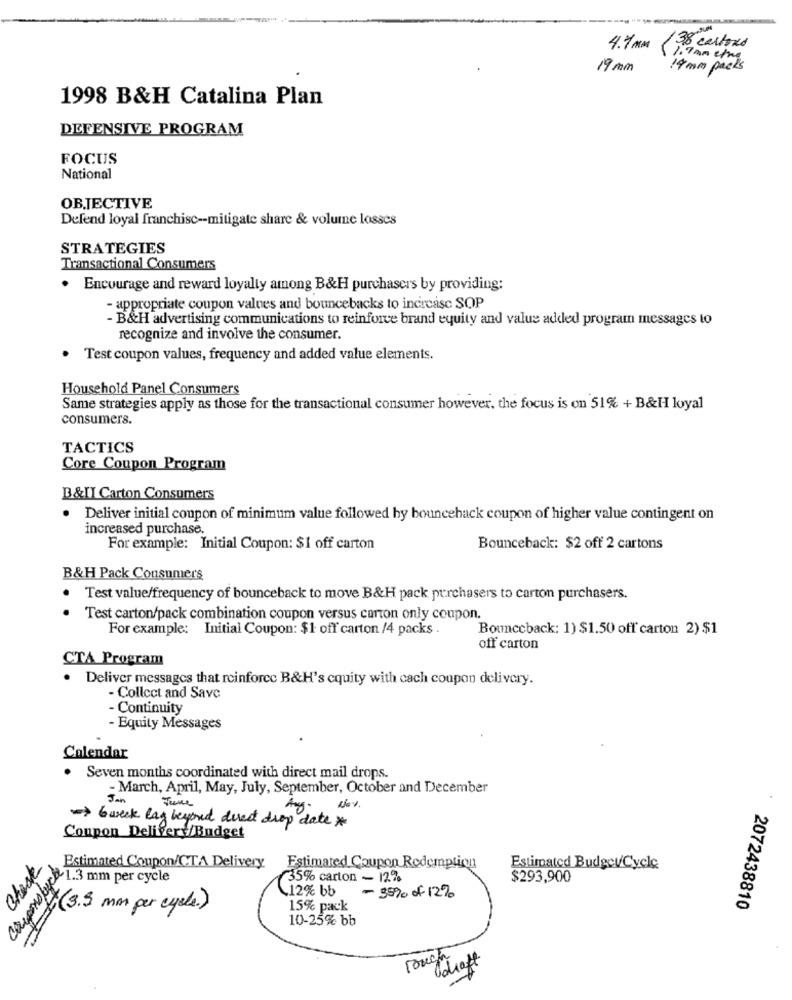
4.7 mm (38 cartons
1. 7 am etne
19 mm
14 mm packs
1998 B&H Catalina Plan
DEFENSIVE PROGRAM
FOCUS
National
OBJECTIVE
Defend loyal franchise -- mitigate share & volume losses
STRATEGIES
Transactional Consumers
. Encourage and reward loyalty among B&H purchasers by providing:
- appropriate coupon values and bouncebacks to increase SOP
- B&H advertising communications to reinforce brand equity and value added program messages to
recognize and involve the consumer.
Test coupon values, frequency and added value elements.
Household Panel Consumers
Same strategies apply as those for the transactional consumer however, the focus is on 51% + B&H loyal
consumers.
TACTICS
Core Coupon Program
B&II Carton Consumers
Deliver initial coupon of minimum value followed by bounceback coupon of higher value contingent on
increased purchase.
For example: Initial Coupon: $1 off carton
Bounceback: $2 off 2 cartons
B&H Pack Consumers
Test value/frequency of bounceback to move B&H pack purchasers to carton purchasers.
Test carton/pack combination coupon versus carton only coupon.
For example: Initial Coupon: $1 off carton /4 packs .
Bounceback: 1) $1.50 off carton 2) $1
off carton
CTA Program
. Deliver messages that reinforce B&H's equity with cach coupon delivery.
- Collect and Save
- Continuity
- Equity Messages
Calendar
. Seven months coordinated with direct mail drops.
- March, April, May, July, September, October and December
Jan
June
Nov .
=> 6 week lag beyond direct drop date *
Coupon Delivery/Budget
Check
Estimated Coupon/CTA Delivery
Estimated Coupon Redemption
Estimated Budget/Cycle
35% carton - 12%
$293,900
maggie .3 mm per cycle
412% bb
- 35% of 12%
(3.5 mm per cycle.)
15% pack
2072438810
10-25% bb
ruch
Idraft